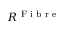
R ^ { \textrm { F i b r e } }